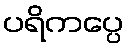
ပရိကပ္ပေ